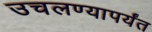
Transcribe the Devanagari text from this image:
उचलण्यापर्यंत